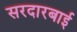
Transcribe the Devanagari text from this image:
सरदारबाई